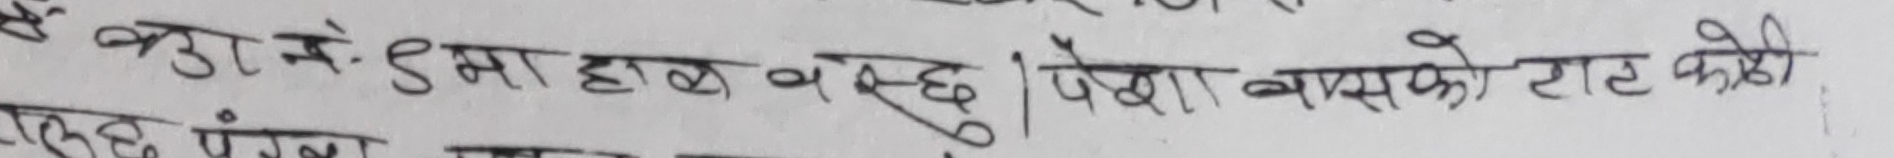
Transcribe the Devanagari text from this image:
के कुरा में समाहाल बस्छु। पेसा ब्यवसायको बाट केही